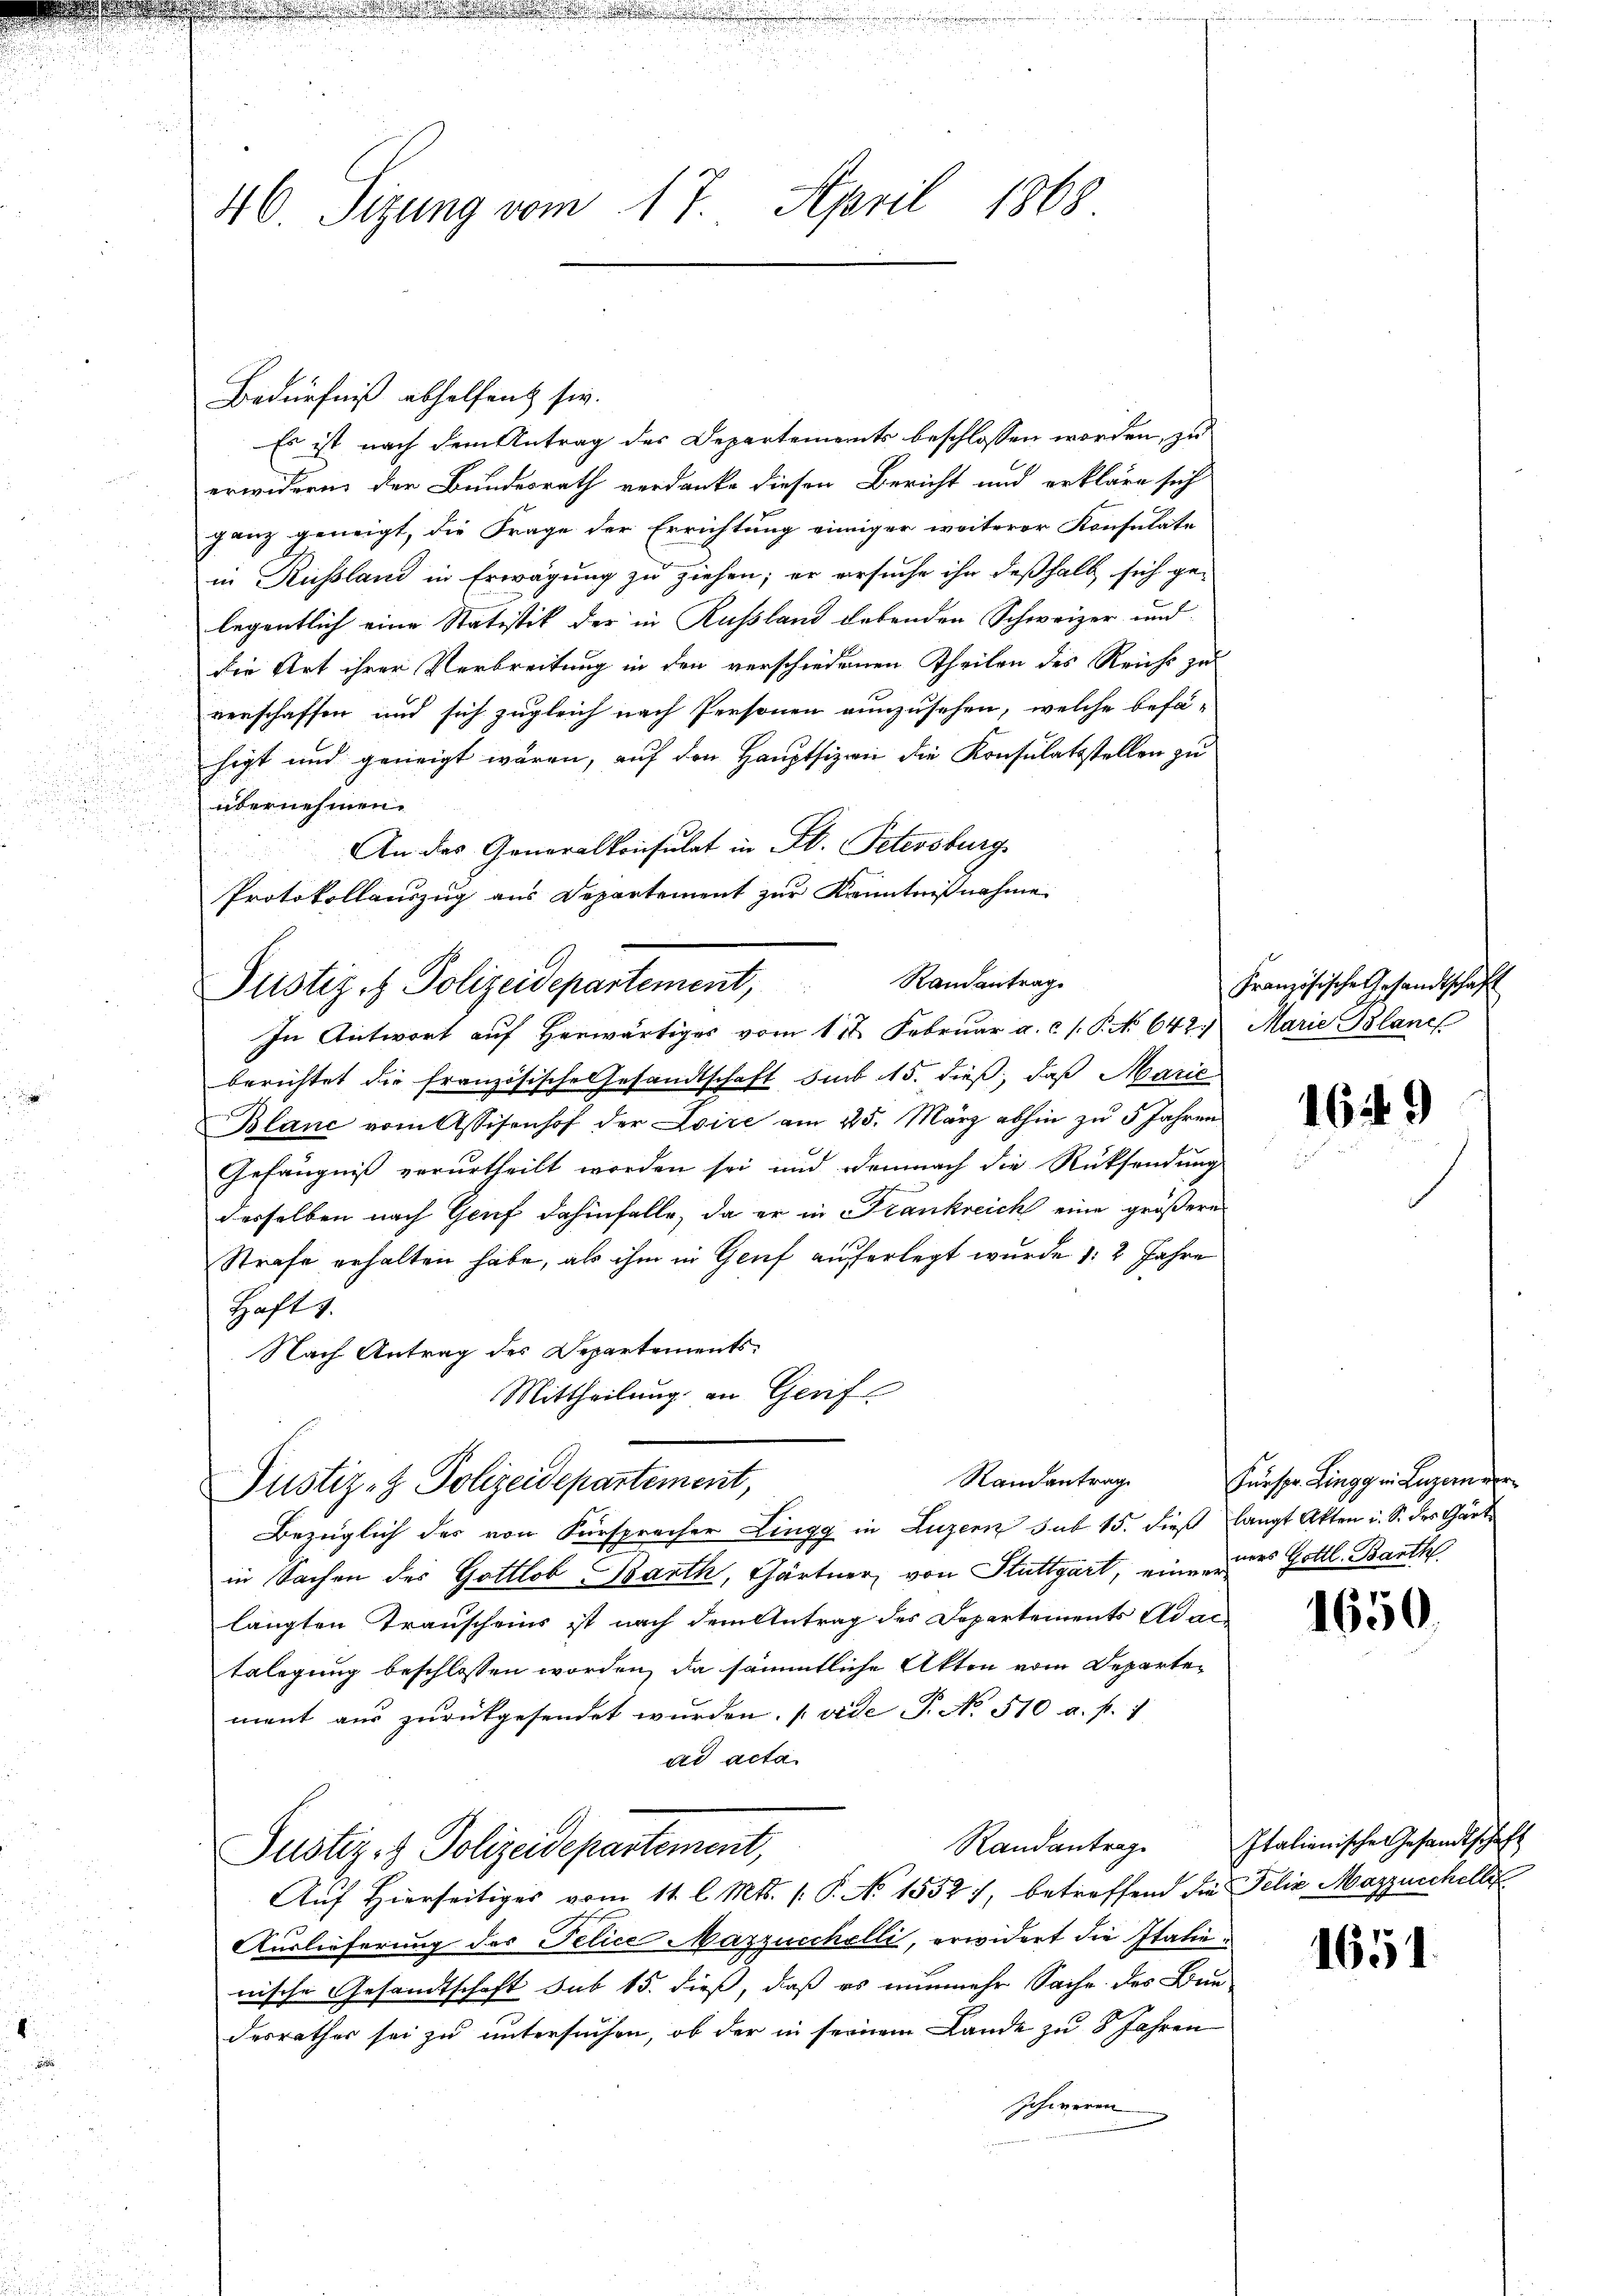
46. Sizung vom 17. April 1868

Bedürfniß abhelfen sie.
Es ist nach dem Antrag des Departements beschlossen worden, zu
erwidern der Bundesrath verdanke diesen Bericht und erkläre sich
ganz geneigt, die Frage der Errichtung einiger weiterer Konsulate
in Russland in Erwägung zu ziehen; er ersuche ihn deßhalb sich ge-
legentlich eine Statistik der in Russland habenden Schweizer und
die Art ihrer Verbreitung in den verschiedenen Theilen des Reicht zu
verschaffen und sich zugleich nach Personen einzusehen, welche befä-
higt und geneigt wären, auf den Hauptsizen die Konsulatsstellen zu
übernehmen.
An des Generalkonsulat in St. Petersburg
Protokollauszug aus Departement zur Kenntnißnahme

Pristiz & Polizeidepartement, Randantrage
In Antwort auf herwärtiges vom 11t. Februar a.c. s. S. 642.)

berichtet die französische Gesandtschaft sub 15. dieß, daß Marie
Blanc vom Assisenhof der Loire am 25. März abhin zu 5 Jahren
Gefängniß verurtheilt worden sei und demnach die Rücksendung
desselben nach Genf dahinfalle, da er in Frankreich eine größere
Strafe erhalten habe, als ihm in Genf auferlegt wurde 1: 2 Jahre
Haft 1.
Nach Antrag des Departements¬
Mittheilung an Gerif

Randantrag
Justiz- & Polizeidepartement,

Bezüglich des von Fürsprecher Lingg in Luzern sub 15. dieß langt Akten i. S. des Gärt
in Sachen des Gottlob Barth, Gärtner, von Stuttgart, einen aus Gottl. Barth
längten Transcheins ist nach dem Antrag des Departements Adac
belegung beschlossen worden, da sämmtliche Akten vom Departement aus zurückgesendet wurden. (vide P. No. 510 a. p. 1
ad acta
Justiz- & Polizeidepartement,
Auf Hierseitiges vom 11. l. Mts. (: P. No 1552 7, betreffend die Felix Mazzuschilli¬

Auslieferung des Felice Mazzucchelli, erwidert die Italienische Gesandtschaft sub 15. dieß, daß es nunmehr Sache des Bun-
desrathes sei zu untersuchen, ob der in seinem Lande zu 8 Jahren
schweren

Französische Gesandtschaft
Marie Blanc

1649

Fueser Lingg in Luzerne

1650.

Randantrag. Italienische Gesandtschaft

1651.